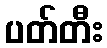
ပတ်တီး